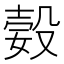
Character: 㜌